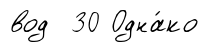
вод 30 Одна́ко